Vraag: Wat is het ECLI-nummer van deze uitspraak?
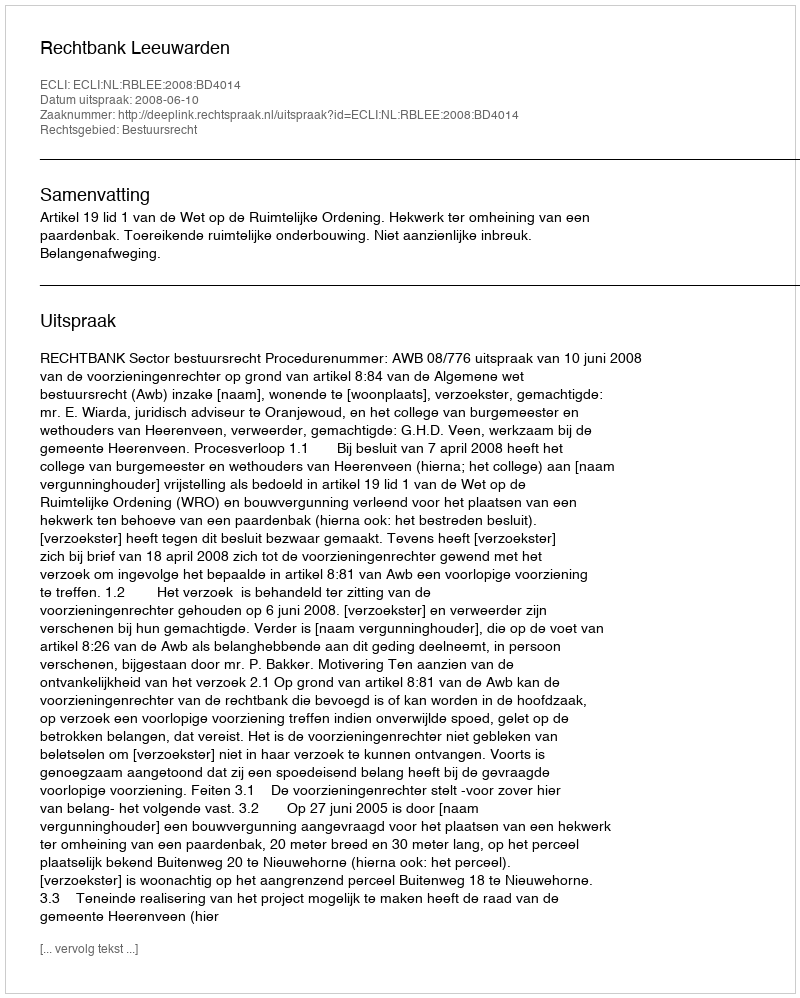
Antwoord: ECLI:NL:RBLEE:2008:BD4014